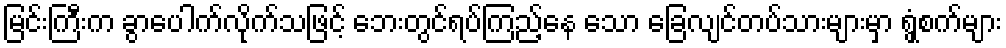
မြင်းကြီးက ခွာပေါက်လိုက်သဖြင့် ဘေးတွင်ရပ်ကြည့်နေ သော ခြေလျင်တပ်သားများမှာ ရွှံ့စက်များ